Report on vaccination North-West Frontier Province 1904-1922 - 1904-1922
Year: 1904
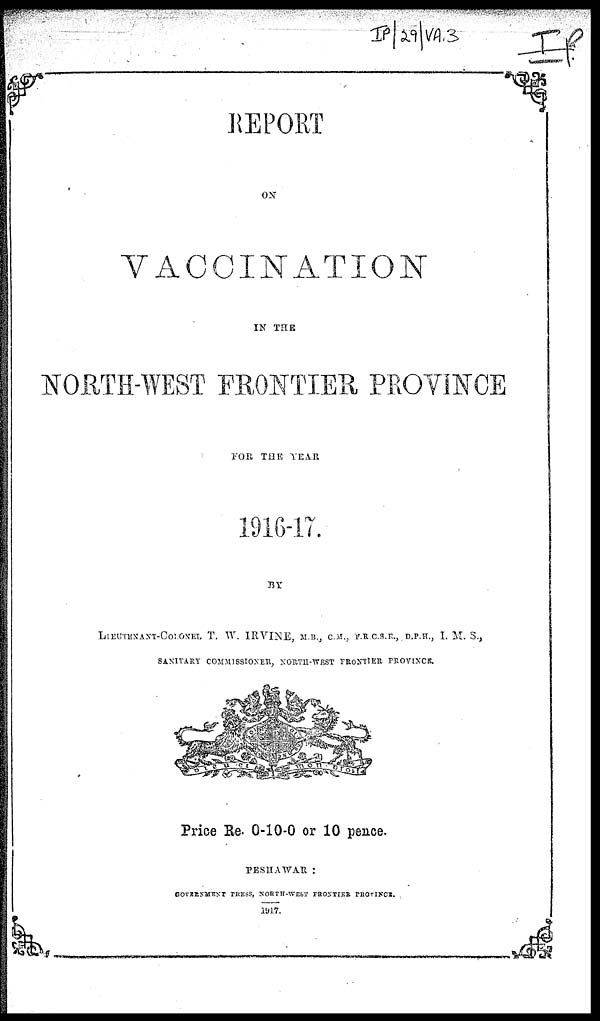
REPORT
ON
VACCINATION
IN THE
NORTH-WEST FRONTIER PROVINCE
FOR THE YEAR
1916-17.
BY
LIEUTENANT-COLONEL T. W. IRVINE, M. B., .C. N., F.R. C. S. R., D.P. H., I. M. S.,
SANITARY COMMISSIONER, NORTH-WEST FRONTIER PROVINCE.
Price Re. 0-10-0 or 10 pence.
PESHAWAR :
GOVERNMENT PRESS, NORTH-WEST FRONTIER PROVINCE.
1917.